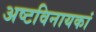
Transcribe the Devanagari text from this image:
अष्टविनायकां